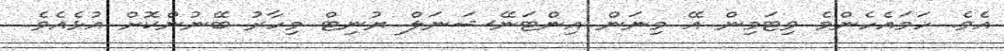
އެވެ. ހަމައެހެންމެ ވިޓަމިން އޭ މިނަން އިންޓަނޭޝަނަލް ޔުނިޓް މިހާރު ބޭނުންކޮށް އުޅެއެވެ.